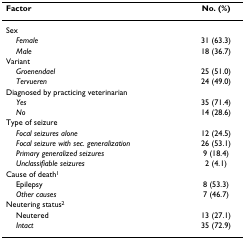
| Factor | No. (%) |
 | --- | --- |
 | Sex |  |
 | Female | 31 (63.3) |
 | Male | 18 (36.7) |
 | Variant |  |
 | Groenendael | 25 (51.0) |
 | Tervueren | 24 (49.0) |
 | Diagnosed by practicing veterinarian |  |
 | Yes | 35 (71.4) |
 | No | 14 (28.6) |
 | Type of seizure |  |
 | Focal seizures alone | 12 (24.5) |
 | Focal seizure with sec. generalization | 26 (53.1) |
 | Primary generalized seizures | 9 (18.4) |
 | Unclassifiable seizures | 2 (4.1) |
 | Cause of death1 |  |
 | Epilepsy | 8 (53.3) |
 | Other causes | 7 (46.7) |
 | Neutering status2 |  |
 | Neutered | 13 (27.1) |
 | Intact | 35 (72.9) |